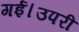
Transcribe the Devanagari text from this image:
गई।उपरी